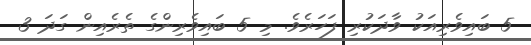
5 ބައިވެރިއަކު ވާދަކުރި ފަހަރެވެ. މި 5 ބައިވެރިންގެ ތެރެއިން ގަދަ 3